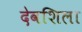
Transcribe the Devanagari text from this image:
देवशिला